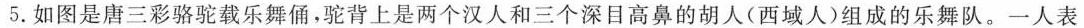
5.如图是唐三彩骆驼载乐舞俑，驼背上是两个汉人和三个深目高鼻的胡人(西域人)组成的乐舞队。一人表